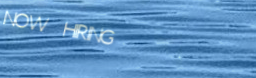
NOW HIRING